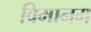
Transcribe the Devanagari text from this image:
विमानम